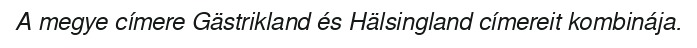
A megye címere Gästrikland és Hälsingland címereit kombinája.